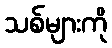
သစ်များကို